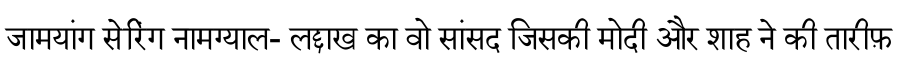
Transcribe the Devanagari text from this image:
जामयांग सेरिंग नामग्याल- लद्दाख का वो सांसद जिसकी मोदी और शाह ने की तारीफ़